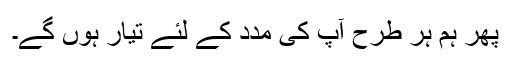
پھر ہم ہر طرح آپؐ کی مدد کے لئے تیار ہوں گے۔